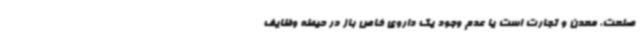
صنعت، معدن و تجارت است یا عدم وجود یک داروی خاص باز در حیطه وظایف